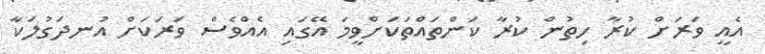
އެއީ ވަރަށް ކުރާ ހިތުން ކުރާ ކަންތައްތަކަށްވީމަ އޭގައި އެއްވެސް ވަރަކަށް އުނދަގުލަކާ